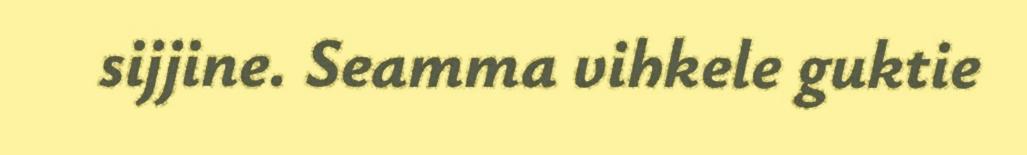
sijjine. Seamma vihkele guktie